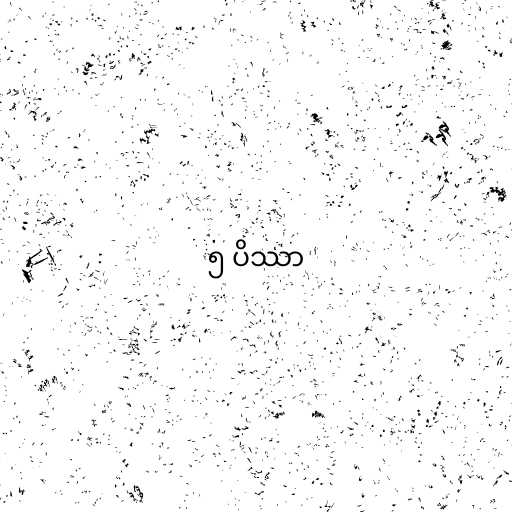
၅ ပိဿာ